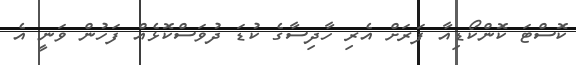
ކޮސްޓަ ކޮންކޯޑިއާ ފަރަށް އެރި ހާދިސާގެ ކުޑަ ދުވަސްކޮޅެއް ފަހުން ވަނީ އެ